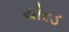
ચોરડ